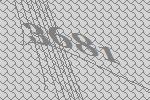
3681